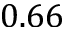
0 . 6 6